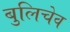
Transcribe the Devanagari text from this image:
बुलिचेव